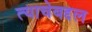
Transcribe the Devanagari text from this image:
त्याचेबद्दल